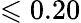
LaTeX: \leqslant 0.20